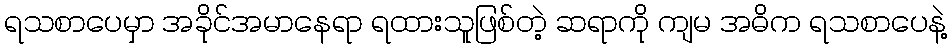
ရသစာပေမှာ အခိုင်အမာနေရာ ရထားသူဖြစ်တဲ့ ဆရာကို ကျမ အဓိက ရသစာပေနဲ့